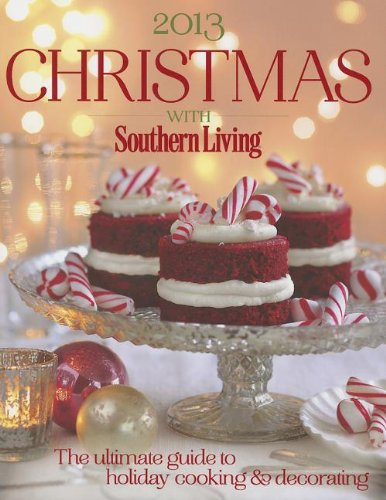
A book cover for Christmas with Southern Living 2013: The ultimate guide to holiday cooking & decorating; Cookbooks, Food & Wine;